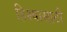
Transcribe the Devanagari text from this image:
हिश्यासाठी